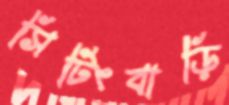
সিটিংবাড়ি